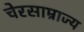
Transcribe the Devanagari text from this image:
चेरसाम्राज्य